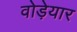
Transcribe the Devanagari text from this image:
वोड़ेयार